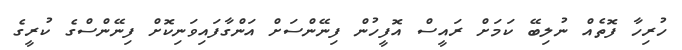
ހުރިހާ ފޮތެއް ނުލިބޭ ކަމަށް ރައީސް އޮފީހުން ފިނޭންސަށް އަންގާފައިވަނިކޮށް ފިނޭންސްގެ ކުރީގެ